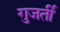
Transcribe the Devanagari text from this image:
गुजर्ती